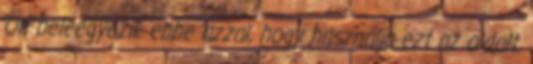
Ön beleegyezik ebbe azzal, hogy használja ezt az oldalt.